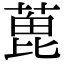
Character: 𦶃